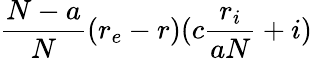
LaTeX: \frac{N-a}{N}(r_{e}-r)(c\frac{r_{i}}{aN}+i)